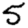
Digit: 5